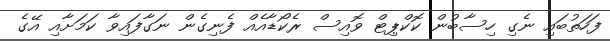
ފަހަތުބައި ނެގި ހިސާބުން ކޮކްޕިޓް ވޮއިސް ރެކޯޑާއެއް ފެނިގެން ނަގާފައިވާ ކަމަށާއި އޭގެ